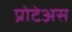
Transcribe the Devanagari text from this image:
प्रोटेअस